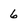
Character: 6